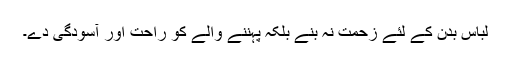
لباس بدن کے لئے زحمت نہ بنے بلکہ پہننے والے کو راحت اور آسودگی دے۔